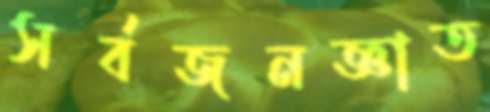
সর্বজনজ্ঞাত